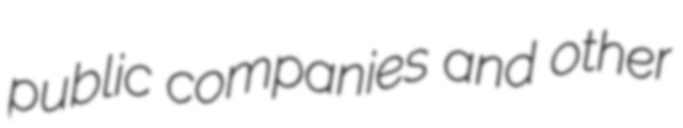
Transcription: public companies and other